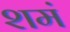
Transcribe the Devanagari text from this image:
शमं